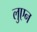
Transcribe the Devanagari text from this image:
लुएन